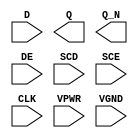
/**
 * Copyright 2020 The SkyWater PDK Authors
 *
 * Licensed under the Apache License, Version 2.0 (the "License");
 * you may not use this file except in compliance with the License.
 * You may obtain a copy of the License at
 *
 *     https://www.apache.org/licenses/LICENSE-2.0
 *
 * Unless required by applicable law or agreed to in writing, software
 * distributed under the License is distributed on an "AS IS" BASIS,
 * WITHOUT WARRANTIES OR CONDITIONS OF ANY KIND, either express or implied.
 * See the License for the specific language governing permissions and
 * limitations under the License.
 *
 * SPDX-License-Identifier: Apache-2.0
 */

`ifndef SKY130_FD_SC_HS__SEDFXBP_PP_SYMBOL_V
`define SKY130_FD_SC_HS__SEDFXBP_PP_SYMBOL_V

/**
 * sedfxbp: Scan delay flop, data enable, non-inverted clock,
 *          complementary outputs.
 *
 * Verilog stub (with power pins) for graphical symbol definition
 * generation.
 *
 * WARNING: This file is autogenerated, do not modify directly!
 */

`timescale 1ns / 1ps
`default_nettype none

(* blackbox *)
module sky130_fd_sc_hs__sedfxbp (
    //# {{data|Data Signals}}
    input  D   ,
    output Q   ,
    output Q_N ,

    //# {{control|Control Signals}}
    input  DE  ,

    //# {{scanchain|Scan Chain}}
    input  SCD ,
    input  SCE ,

    //# {{clocks|Clocking}}
    input  CLK ,

    //# {{power|Power}}
    input  VPWR,
    input  VGND
);
endmodule

`default_nettype wire
`endif  // SKY130_FD_SC_HS__SEDFXBP_PP_SYMBOL_V